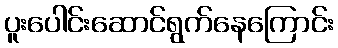
ပူးပေါင်းဆောင်ရွက်နေကြောင်း